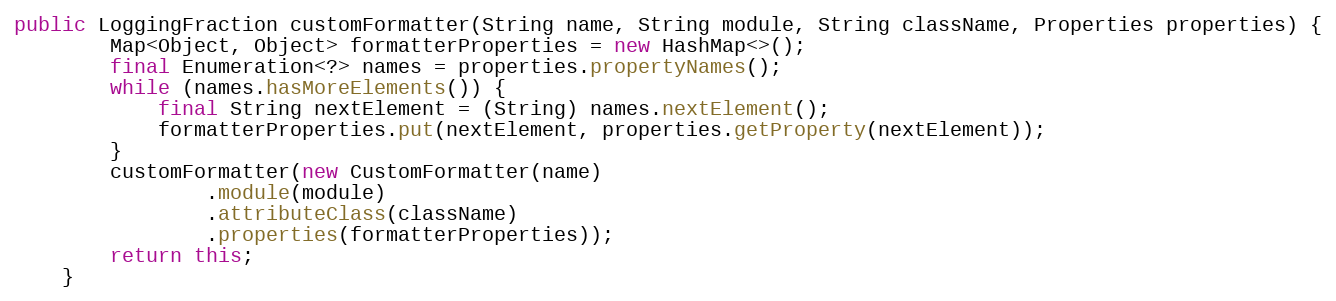
Language: Java
public LoggingFraction customFormatter(String name, String module, String className, Properties properties) {
        Map<Object, Object> formatterProperties = new HashMap<>();
        final Enumeration<?> names = properties.propertyNames();
        while (names.hasMoreElements()) {
            final String nextElement = (String) names.nextElement();
            formatterProperties.put(nextElement, properties.getProperty(nextElement));
        }
        customFormatter(new CustomFormatter(name)
                .module(module)
                .attributeClass(className)
                .properties(formatterProperties));
        return this;
    }